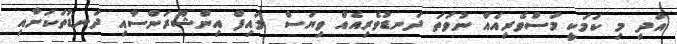
އަދި މި ކަމަކީ މަސްވެރިއެއް ނުވަތަ ދަނޑުވެރިއެއް ވިޔަސް ލައިފް އިންޝޫރަންސާއި ދަނޑުތަކަށާއި